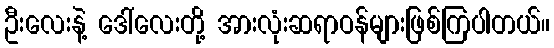
ဦးလေးနဲ့ ဒေါ်လေးတို့ အားလုံးဆရာဝန်များဖြစ်ကြပါတယ်။